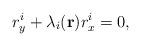
LaTeX: \begin{align*}r_{y}^{i}+\lambda_{i}(\mathbf{r})r_{x}^{i}=0, \end{align*}